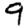
Digit: 9